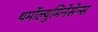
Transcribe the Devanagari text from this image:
थर्मोल्युमिनेसेन्स